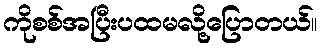
ကိုစစ်အပြီးပထမလို့ပြောတယ်။